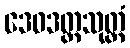
ဒေဝဒတ္တသုတ္တံ